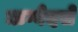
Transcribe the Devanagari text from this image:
ऋग्वेदसे